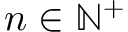
n \in \mathbb { N } ^ { + }